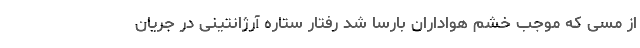
از مسی که موجب خشم هواداران بارسا شد رفتار ستاره آرژانتینی در جریان